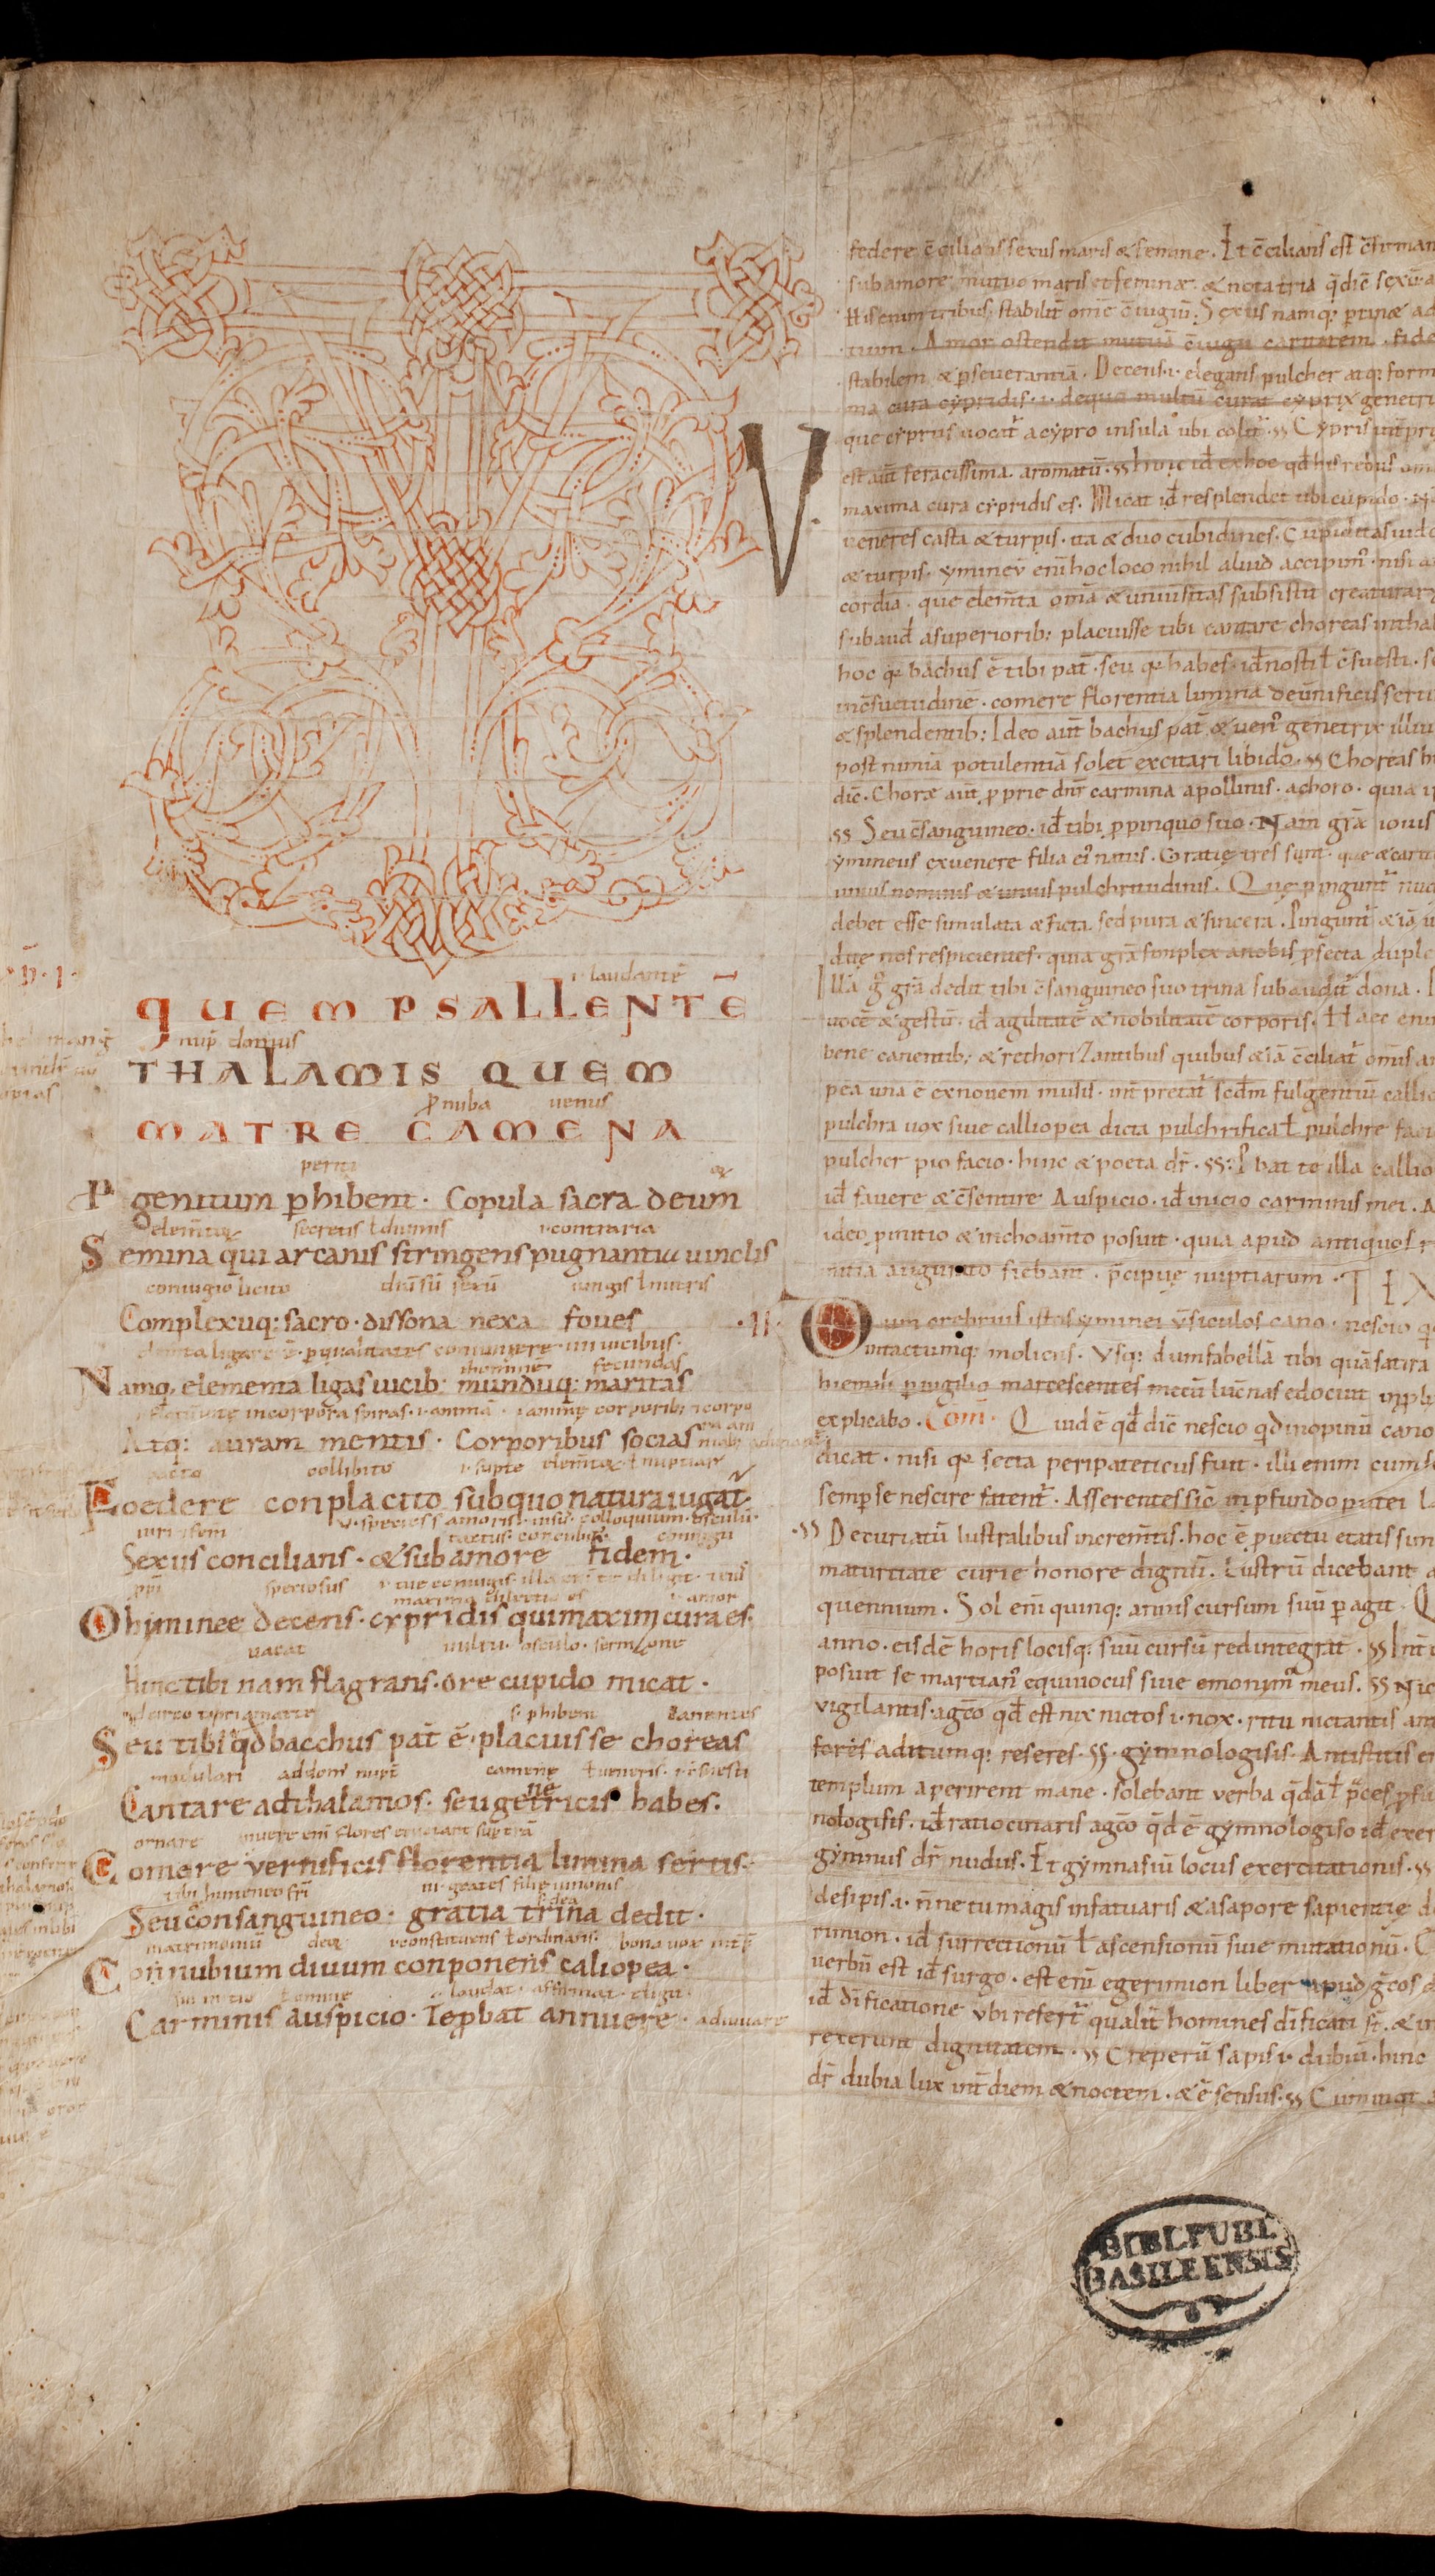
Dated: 1000–1099